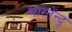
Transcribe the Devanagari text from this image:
भारतेंन्दु